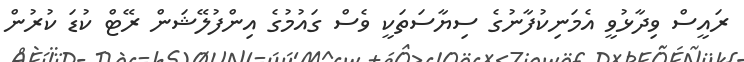
ރައީސް ވިދާޅުވީ އެމަނިކުފާނުގެ ސިޔާސަތަކީ ވެސް ގައުމުގެ އިންފުލޭޝަން ރޭޓް ކުޑަ ކުރުން